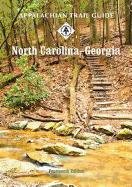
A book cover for Appalachian Trail Guide to North Carolina-Georgia (Official Appalachian Trail Guides); Don O'Neal; Health, Fitness & Dieting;